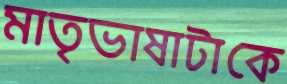
মাতৃভাষাটাকে